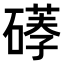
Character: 𥕪